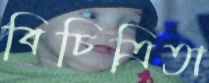
বিচিত্রিতা